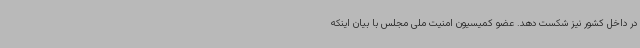
در داخل کشور نیز شکست دهد. عضو کمیسیون امنیت ملی مجلس با بیان اینکه